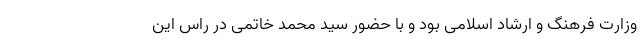
وزارت فرهنگ و ارشاد اسلامی بود و با حضور سید محمد خاتمی در راس این